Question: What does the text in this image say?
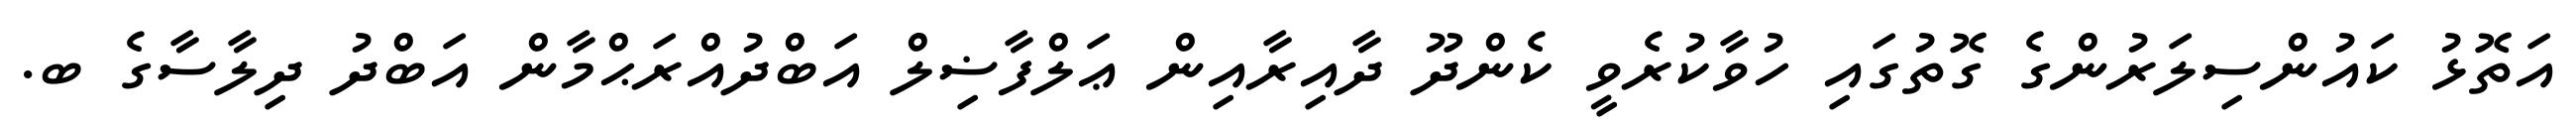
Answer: އަތޮޅު ކައުންސިލަރުންގެ ގޮތުގައި ހުވާކުރެވީ ކެންދޫ ދާއިރާއިން ޢަލްފާޟިލް އަބްދުއްރަޙްމާން އަބްދު ދިލާސާގެ ބ.